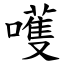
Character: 嚄